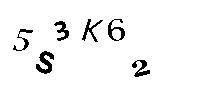
5S3K62